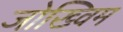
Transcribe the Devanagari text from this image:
जोख्विम